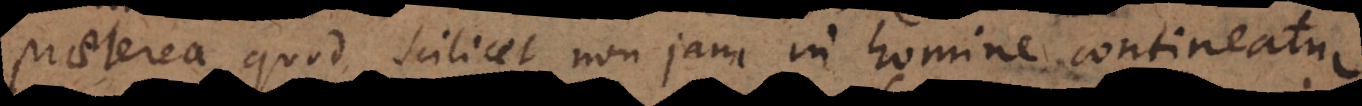
praeterea, quod scilicet non jam in homine contineatur),